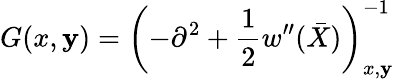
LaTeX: G(x,\mathbf{y})=\left(-\partial^{2}+\frac{1}{2}w^{\prime\prime}(\bar{{X}})\right)_{x,\mathbf{y}}^{-1}